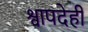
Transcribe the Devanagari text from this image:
श्वापदेही